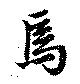
焉